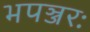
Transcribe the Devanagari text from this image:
भपञ्जरः